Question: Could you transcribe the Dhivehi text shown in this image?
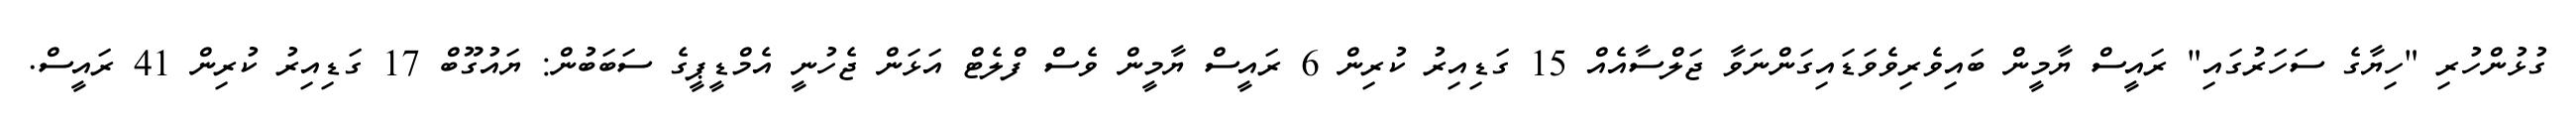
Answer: ގުޅުންހުރި "ހިޔާގެ ސަހަރުގައި" ރައީސް ޔާމީން ބައިވެރިވެވަޑައިގަންނަވާ ޖަލްސާއެއް 15 ގަޑިއިރު ކުރިން 6 ރައީސް ޔާމީން ވެސް ފްލެޓް އަޅަން ޖެހުނީ އެމްޑީޕީގެ ސަބަބުން: ޔައުގޫބް 17 ގަޑިއިރު ކުރިން 41 ރައީސް.